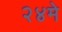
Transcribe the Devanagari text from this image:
२४मे